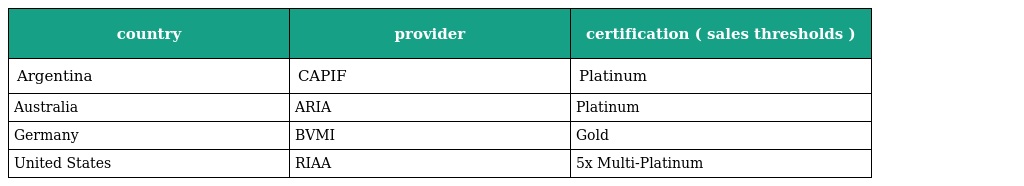
| country | provider | certification ( sales thresholds ) |
 | --- | --- | --- |
 | Argentina | CAPIF | Platinum |
 | Australia | ARIA | Platinum |
 | Germany | BVMI | Gold |
 | United States | RIAA | 5x Multi-Platinum |